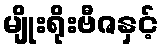
မျိုးရိုးဗီဇနှင့်